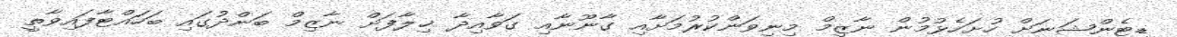
ޑިޓެންޝަނަށް ހުށަހެޅުމުން ނާޒިމް މިނިވަންކުރުމަށާއި ގާނޫނާއި ގަވާއިދާ ޚިލާފަށް ނާޒިމް ބަންދުގައި ބަހައްޓާފައިވާތީ